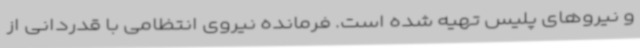
و نیروهای پلیس تهیه شده است. فرمانده نیروی انتظامی با قدردانی از